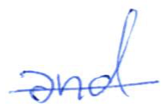
Text: and
Cross-out: single-line
Writing tool: ballpoint